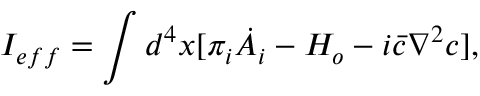
I _ { e f f } = \int d ^ { 4 } x [ \pi _ { i } \dot { A _ { i } } - H _ { o } - i \bar { c } \nabla ^ { 2 } c ] ,